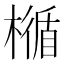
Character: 𣛝